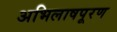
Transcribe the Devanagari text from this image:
अभिलाषपूरण